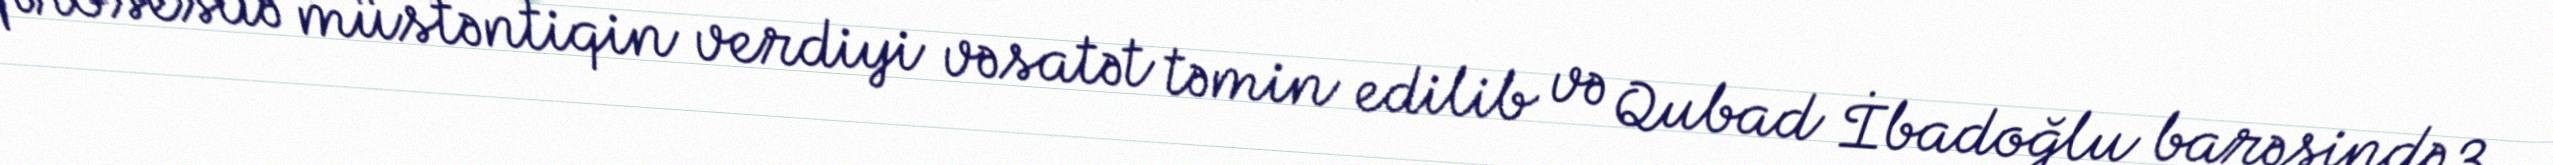
prosesdə müstəntiqin verdiyi vəsatət təmin edilib və Qubad İbadoğlu barəsində 3